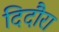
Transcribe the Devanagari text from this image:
दिदौरा